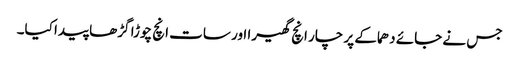
جس نے جائے دھماکے پر چار انچ گھیرا اور سات انچ چوڑا گڑھا پیدا کیا۔